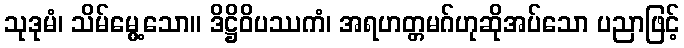
သုဒုမံ၊ သိမ်မွေ့သော။ ဒိဋ္ဌိဝိပဿကံ၊ အရဟတ္တမဂ်ဟုဆိုအပ်သော ပညာဖြင့်